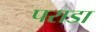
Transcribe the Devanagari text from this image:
पराडा